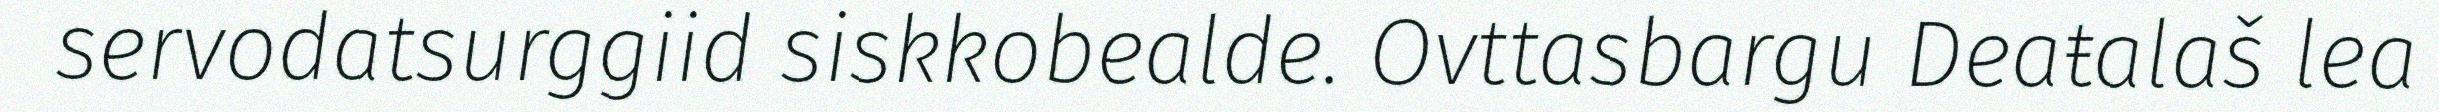
servodatsurggiid siskkobealde. Ovttasbargu Deaŧalaš lea